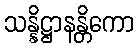
သန္နိဋ္ဌာနန္တိကော